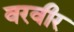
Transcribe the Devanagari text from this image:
वरवीर